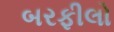
બરફીલો